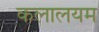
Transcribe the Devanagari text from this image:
कलालयम